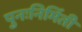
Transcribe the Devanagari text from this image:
पुनःनिर्मिती